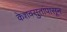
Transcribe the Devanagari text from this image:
केशवसुतांपासून